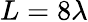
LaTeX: L=8\lambda